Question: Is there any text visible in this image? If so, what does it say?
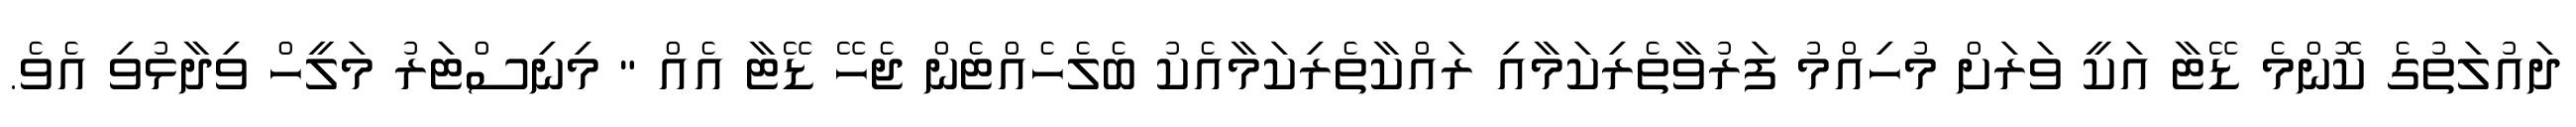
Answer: ދައުލަތުގެ ކޮންމެ ޑޭޓާ އަކީ ވަރަށް މުހިއްމު ފަރުވާތެރިކަމާއި ރައްކާތެރިކަމާއެކު ބެލެހެއްޓެން ޖެހޭ ޑޭޓާ އެއް " މިނިސްޓަރު މަލީހް ވިދާޅުވި އެވެ.